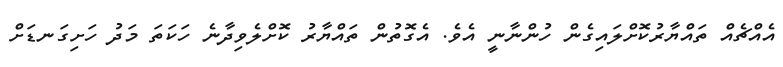
އެއްޗެއް ތައްޔާރުކޮށްލައިގެން ހުންނާނީ އެވެ. އެގޮތުން ތައްޔާރު ކޮށްލެވިދާނެ ހަކަތަ މަދު ހަށިގަނޑަށް